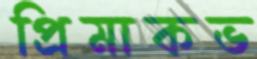
প্রিমাকভ